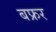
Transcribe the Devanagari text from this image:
बफ्रर